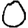
Digit: 0